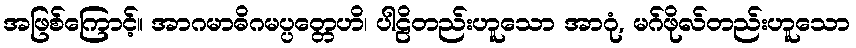
အဖြစ်ကြောင့်။ အာဂမာဓိဂမပ္ပတ္တေဟိ၊ ပါဠိတည်းဟူသော အာဂုံ, မဂ်ဖိုလ်တည်းဟူသော